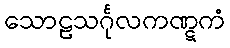
သောဠသင်္ဂုလကဏ္ဋကံ